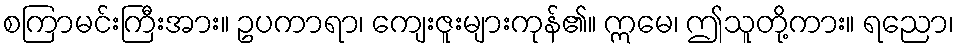
စကြာမင်းကြီးအား။ ဥပကာရာ၊ ကျေးဇူးများကုန်၏။ ဣမေ၊ ဤသူတို့ကား။ ရညော၊